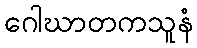
ဂေါဃာတကသူနံ